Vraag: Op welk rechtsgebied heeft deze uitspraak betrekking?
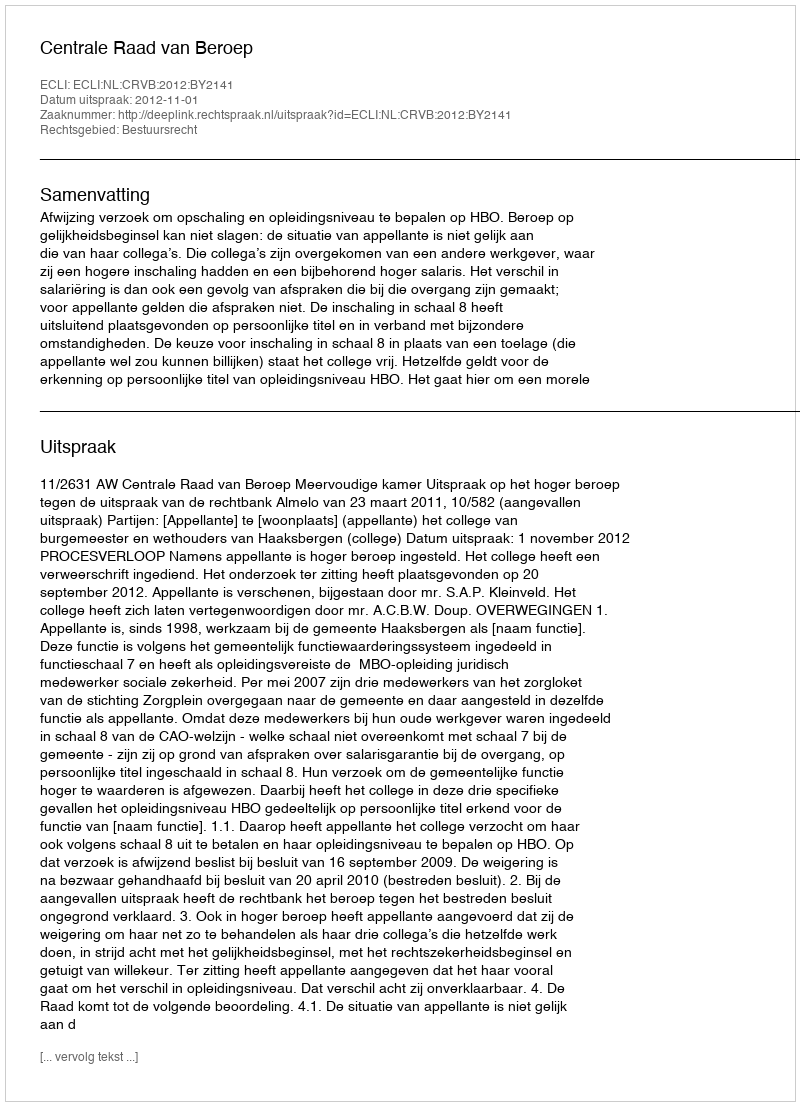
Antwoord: Bestuursrecht